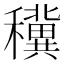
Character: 䆊